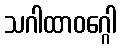
သဂါထာဝဂ္ဂေါ